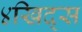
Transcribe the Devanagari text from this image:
४खिद्स